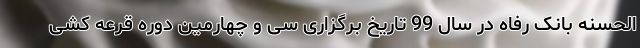
الحسنه بانک رفاه در سال 99 تاریخ برگزاری سی و چهارمین دوره قرعه کشی